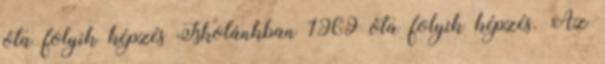
óta folyik képzés Iskolánkban 1969 óta folyik képzés. Az